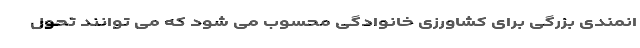
انمندی بزرگی برای کشاورزی خانوادگی محسوب می شود که می توانند تحول